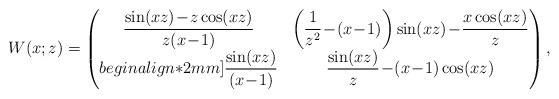
LaTeX: \begin{align*}W(x;z)=\begin{pmatrix}\dfrac{\sin (xz)\! -\! z\cos (xz)}{z(x\!-\!1)}&\left(\dfrac 1{z^2}\!-\!(x\!-\!1)\right)\sin (xz)\!-\!\dfrac{x\cos (xz)}z\\begin{align*}2mm]\dfrac{\sin (xz) }{(x\!-\!1)}&\dfrac{\sin (xz)}z \!-\! (x\!-\!1)\cos (xz)\end{pmatrix},\end{align*}